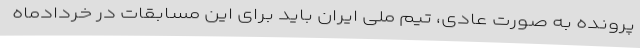
پرونده به صورت عادی، تیم ملی ایران باید برای این مسابقات در خردادماه